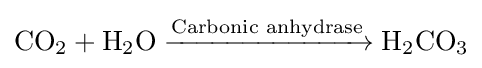
{\mathrm {CO} {\vphantom {A}}_{\smash[{t}]{2}}{}+{}\mathrm {H} {\vphantom {A}}_{\smash[{t}]{2}}\mathrm {O} {}\mathrel {\xrightarrow {\text{Carbonic anhydrase}} } {}\mathrm {H} {\vphantom {A}}_{\smash[{t}]{2}}\mathrm {CO} {\vphantom {A}}_{\smash[{t}]{3}}}